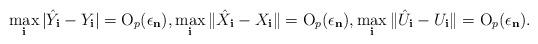
LaTeX: \begin{align*}\max_{\mathbf{i}}|\hat{Y}_{\mathbf{i}}-Y_{\mathbf{i}}|=\mathrm{O}_{p}(\epsilon_{\mathbf{n}}),\max_{\mathbf{i}}\|\hat{X}_{\mathbf{i}}-X_{\mathbf{i}}\|=\mathrm{O}_{p}(\epsilon_{\mathbf{n}}),\max_{\mathbf{i}}\|\hat{U}_{\mathbf{i}}-U_{\mathbf{i}}\|=\mathrm{O}_{p}(\epsilon_{\mathbf{n}}).\end{align*}